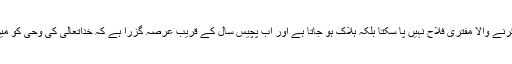
اللہ تعالیٰ پر تَقَوَّل کرنے والا مفتری فلاح نہیں پا سکتا بلکہ ہلاک ہو جاتا ہے اور اب پچیس سال کے قریب عرصہ گزرا ہے کہ خداتعالیٰ کی وحی کو مَیں شائع کر رہا ہوں۔